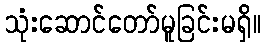
သုံးဆောင်တော်မူခြင်းမရှိ။